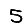
Digit: 5